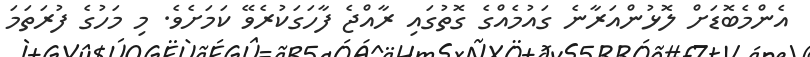
އެންމެބޮޑަށް ލޮޅުންއަރާނެ ގައުމެއްގެ ގޮތުގައި ރާއްޖެ ފާހަގަކުރެވޭ ކަމަށެވެ. މި މަހުގެ ފުރަތަމަ